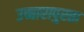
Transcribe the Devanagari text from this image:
उच्चारापुरता